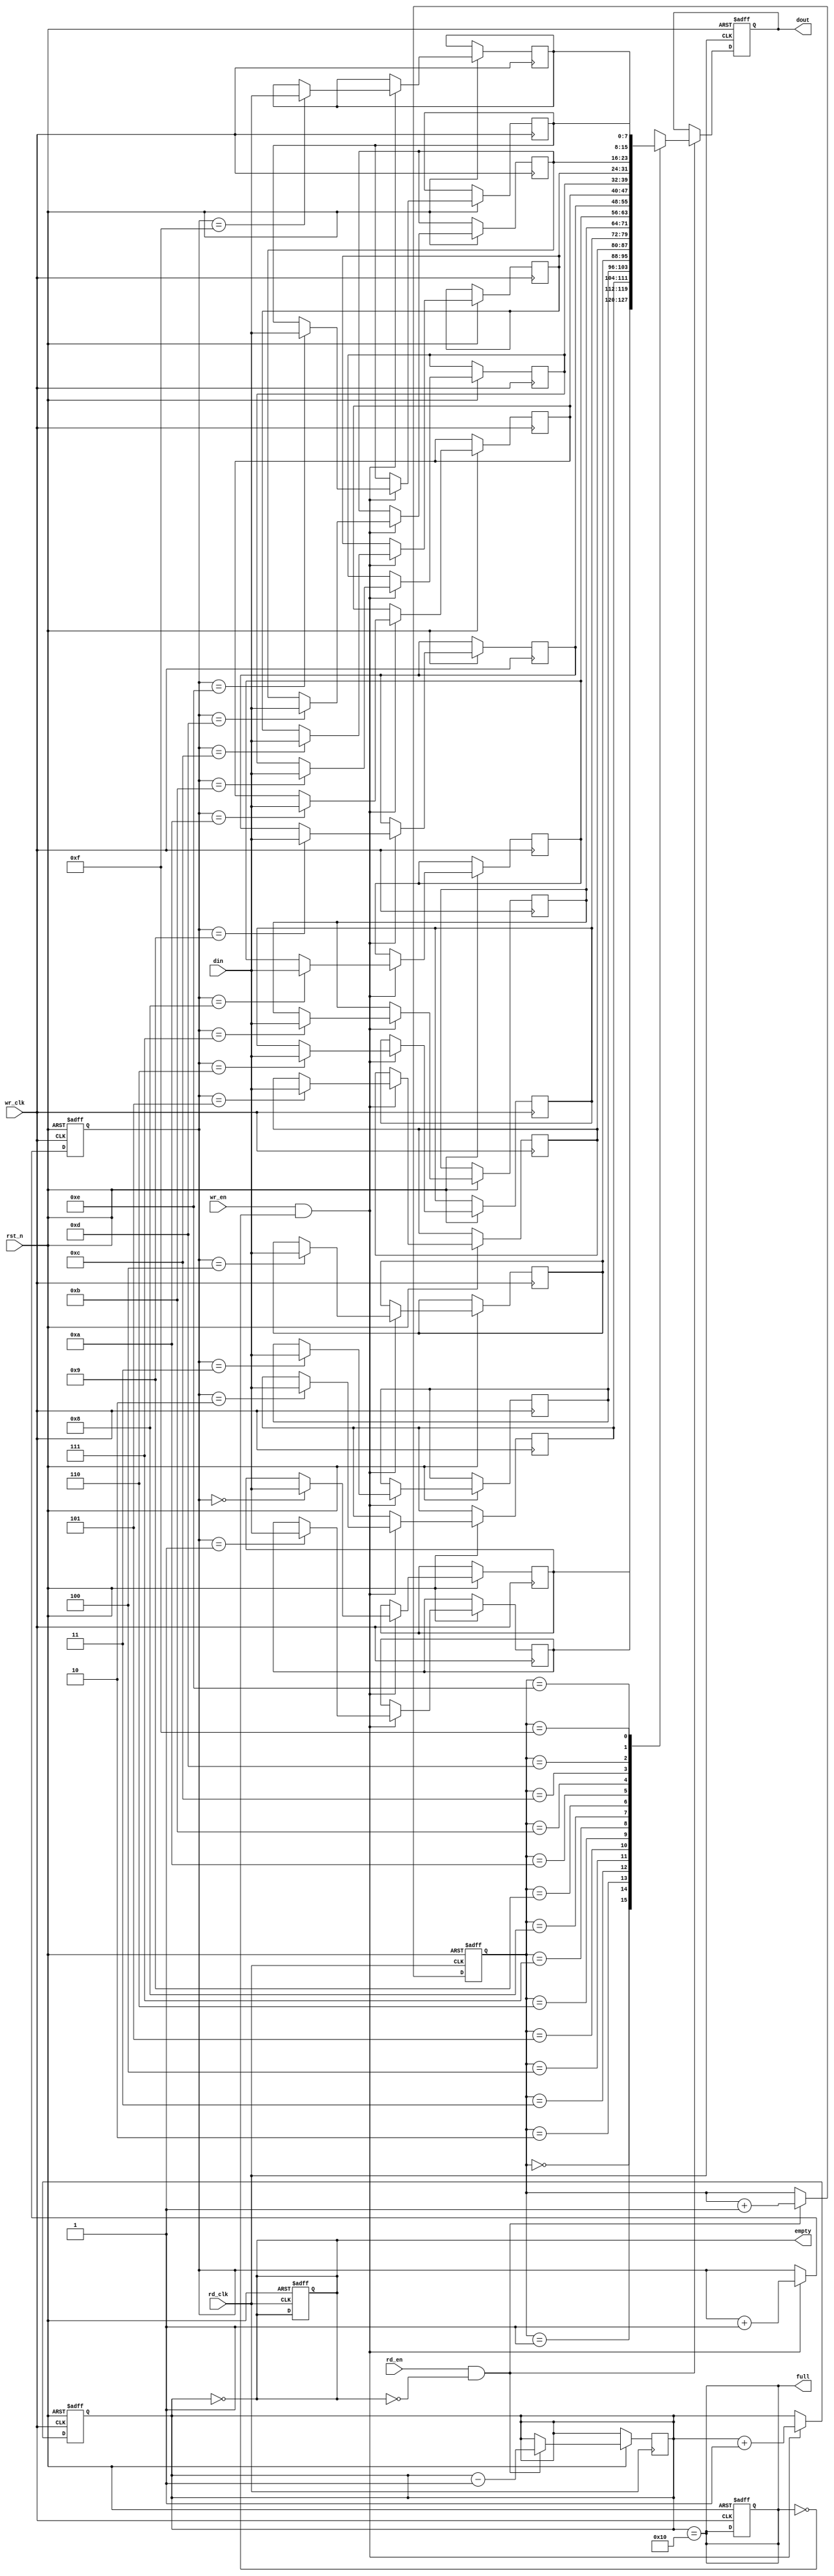
module async_fifo #(
    parameter DATA_WIDTH = 8,  // Width of the data
    parameter FIFO_DEPTH = 16   // Depth of the FIFO (must be a power of 2)
)(
    input wire wr_clk,           // Write clock
    input wire rd_clk,           // Read clock
    input wire rst_n,            // Asynchronous reset (active low)
    input wire wr_en,            // Write enable
    input wire rd_en,            // Read enable
    input wire [DATA_WIDTH-1:0] din, // Data input
    output reg [DATA_WIDTH-1:0] dout, // Data output
    output reg full,             // FIFO full flag
    output reg empty             // FIFO empty flag
);

    // Memory array
    reg [DATA_WIDTH-1:0] fifo_mem [0:FIFO_DEPTH-1];

    // Write and read pointers
    reg [$clog2(FIFO_DEPTH)-1:0] wr_ptr;
    reg [$clog2(FIFO_DEPTH)-1:0] rd_ptr;
    reg [$clog2(FIFO_DEPTH):0] count; // Count of items in FIFO

    // Asynchronous reset
    always @(posedge wr_clk or negedge rst_n) begin
        if (!rst_n) begin
            wr_ptr <= 0;
            count <= 0;
            full <= 0;
        end else if (wr_en && !full) begin
            fifo_mem[wr_ptr] <= din;
            wr_ptr <= wr_ptr + 1;
            count <= count + 1;
        end
    end

    always @(posedge rd_clk or negedge rst_n) begin
        if (!rst_n) begin
            rd_ptr <= 0;
            dout <= 0;
            empty <= 1;
        end else if (rd_en && !empty) begin
            dout <= fifo_mem[rd_ptr];
            rd_ptr <= rd_ptr + 1;
            count <= count - 1;
        end
    end

    // Full and empty flag logic
    always @(*) begin
        full = (count == FIFO_DEPTH);
        empty = (count == 0);
    end

endmodule